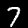
Label: 7